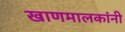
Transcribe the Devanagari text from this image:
खाणमालकांनी